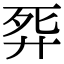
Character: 𢍈